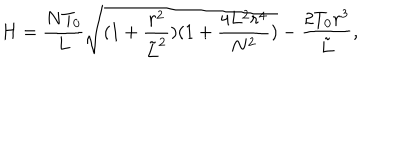
H = \frac { N T _ { 0 } } { L } \sqrt { ( 1 + \frac { r ^ { 2 } } { { \tilde { L } } ^ { 2 } } ) ( 1 + \frac { 4 L ^ { 2 } r ^ { 4 } } { N ^ { 2 } } ) } - \frac { 2 T _ { 0 } r ^ { 3 } } { { \tilde { L } } } ,